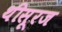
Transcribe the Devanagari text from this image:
थीसूरज